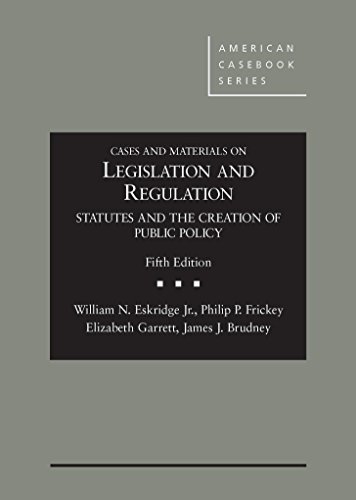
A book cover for Cases and Materials on Legislation and Regulation: Statutes and the Creation of Public Policy, 5th (American Casebook Series); William Eskridge Jr; Law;